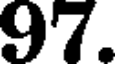
97.